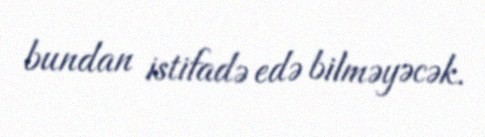
bundan istifadə edə bilməyəcək.